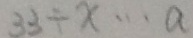
3 3 \div x \cdots a